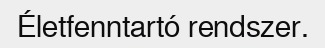
Életfenntartó rendszer.